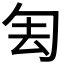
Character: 𠣗